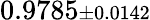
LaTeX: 0.9785{\scriptstyle\pm 0.0142}